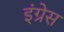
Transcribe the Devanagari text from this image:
इंग्रेस